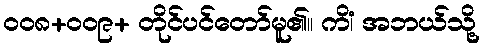
၀၀၈+၀၀၉+ တိုင်ပင်တော်မူ၏။ ကိံ၊ အဘယ်သို့